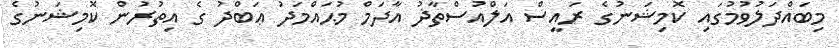
މިބައްދަލުވުމުގައި ކޮމިޝަނުގެ ރައީސް އަލްއުސްތާޛު އާދަމް މުޙައްމަދު ޢަބްދު ގެ އިތުރުން ކޮމިޝަނުގެ